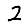
Digit: 2